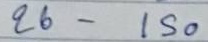
26 - 150